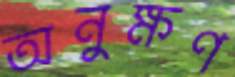
অনুক্ষণ